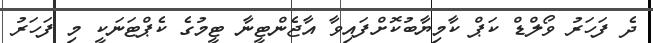
ދެ ފަހަރު ވޯލްޑް ކަޕް ކާމިޔާބުކޮށްފައިވާ އާޖެންޓީނާ ޓީމުގެ ކެޕްޓަަނަކީ މި ފަހަރު